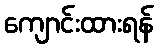
ကျောင်းထားရန်